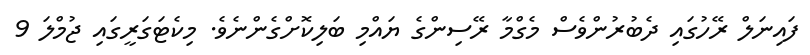
ފައިނަލް ރޭހުގައި ދެބުރުންވެސް މެގްމާ ރޭސިންގެ ޔައްމި ބަލިކޮށްގެންނެވެ. މިކެޓަގަރީގައި ޖުމްލަ 9